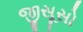
જીસૂસો